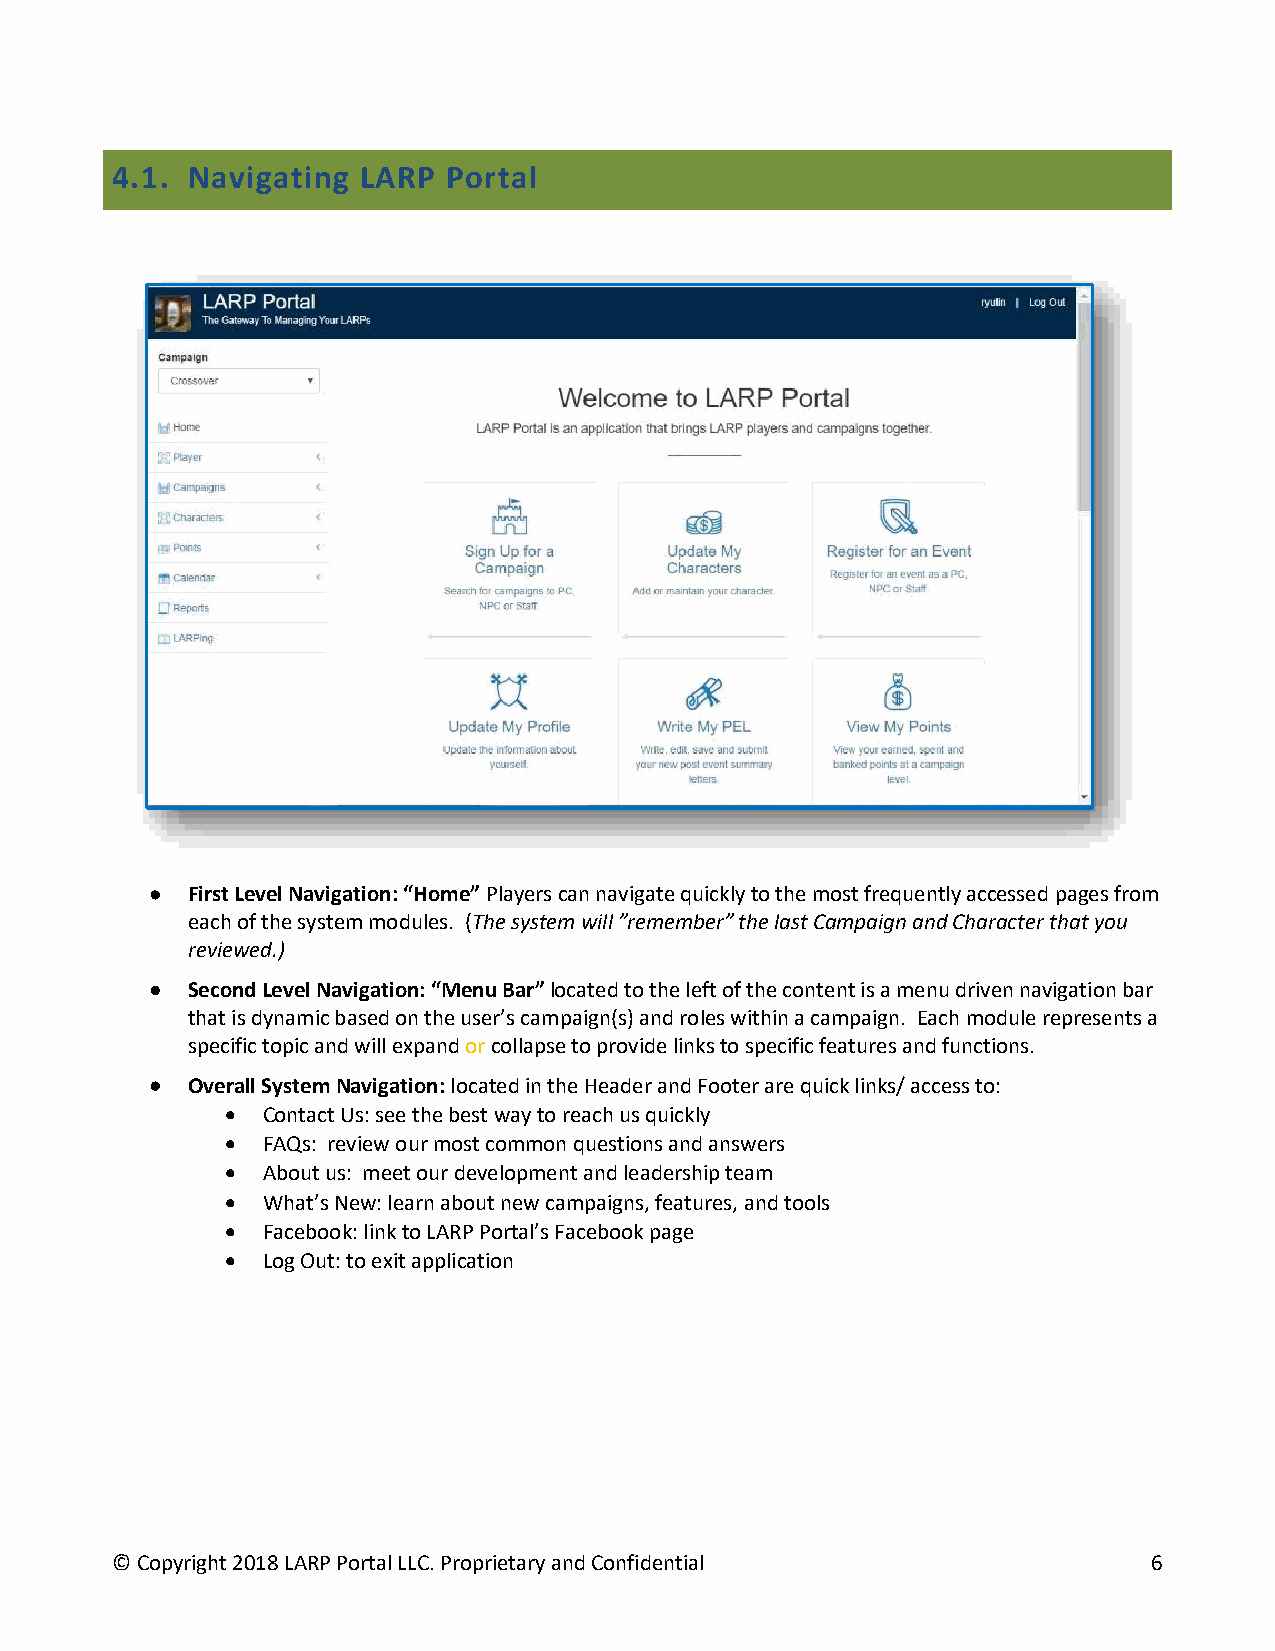
4.1. Navigating  LARP  Portal
 • First Level Navigation: “Home” Players can navigate quickly to the most frequently accessed pages from
 each of the system modules. (The system will ”remember” the last Campaign and Character that you
 reviewed.)
 • Second Level Navigation: “Menu Bar” located to the left of the content is a menu driven navigation bar
 that is dynamic based on the user’s campaign(s) and roles within a campaign. Each module represents a
 specific topic and will expand or collapse to provide links to specific features and functions.
 • Overall System Navigation: located in the Header and Footer are quick links/ access to:
 • Contact Us: see the best way to reach us quickly
 • FAQs: review our most common questions and answers
 • About us: meet our development and leadership team
 • What’s New: learn about new campaigns, features, and tools
 • Facebook: link to LARP Portal’s Facebook page
 • Log Out: to exit application
 © Copyright 2018 LARP Portal LLC. Proprietary and Confidential       6